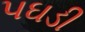
પઘડી